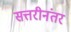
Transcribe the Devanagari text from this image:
सत्तरीनंतर